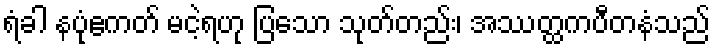
ရံခါ နပုံဧကတ် မငဲ့ရဟု ပြသော သုတ်တည်း၊ အဿတ္ထကပီတနံသည်